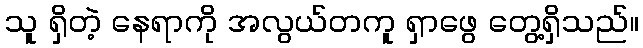
သူ ရှိတဲ့ နေရာကို အလွယ်တကူ ရှာဖွေ တွေ့ရှိသည်။